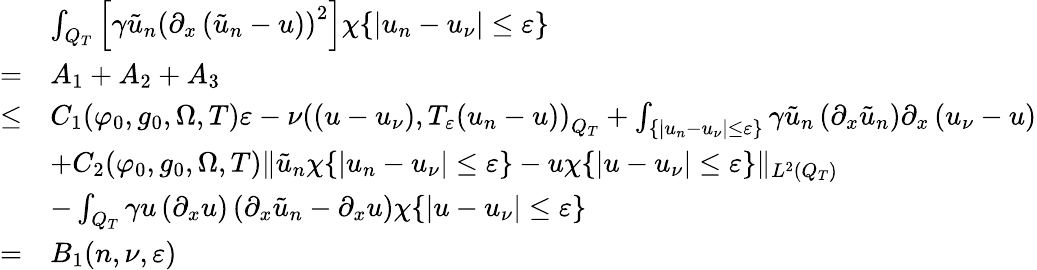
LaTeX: \begin{array}{rl}&{\int_{Q_{T}}\left[\gamma\tilde{u}_{n}\left(\partial_{x}\left(\tilde{u}_{n}-u\right)\right)^{2}\right]\chi\{ |u_{n}-u_{\nu}|\leq\varepsilon\} }\\ {=}&{A_{1}+A_{2}+A_{3}}\\ {\leq}&{C_{1}(\varphi_{0},g_{0},\Omega,T)\varepsilon-\nu\left(\left(u-u_{\nu}\right),T_{\varepsilon}(u_{n}-u)\right)_{Q_{T}}+\int_{\{ |u_{n}-u_{\nu}|\leq\varepsilon\} }\gamma\tilde{u}_{n}\left(\partial_{x}\tilde{u}_{n}\right)\partial_{x}\left(u_{\nu}-u\right)}\\ &{+C_{2}(\varphi_{0},g_{0},\Omega,T)\lVert\tilde{u}_{n}\chi\{ |u_{n}-u_{\nu}|\leq\varepsilon\} -u\chi\{ |u-u_{\nu}|\leq\varepsilon\} \rVert_{L^{2}(Q_{T})}}\\ &{-\int_{Q_{T}}\gamma u\left(\partial_{x}u\right)\left(\partial_{x}\tilde{u}_{n}-\partial_{x}u\right)\chi\{ |u-u_{\nu}|\leq\varepsilon\} }\\ {=}&{B_{1}(n,\nu,\varepsilon)}\end{array}